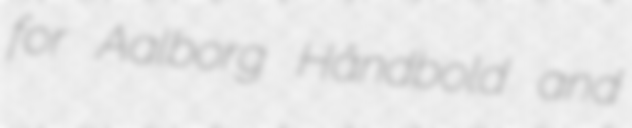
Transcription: for Aalborg Håndbold and